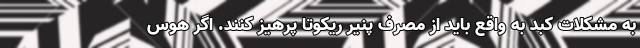
به مشکلات کبد به واقع باید از مصرف پنیر ریکوتا پرهیز کنند. اگر هوس